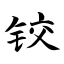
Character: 铰